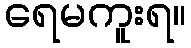
ရေမကူးရ။